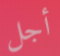
أجل